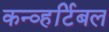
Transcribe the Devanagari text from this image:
कन्व्हर्टिबल